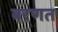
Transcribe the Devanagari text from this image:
बरणत